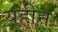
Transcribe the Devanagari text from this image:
यहीन